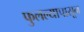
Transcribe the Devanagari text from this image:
फुलल्यापासून